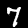
Digit: 7